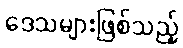
ဒေသများဖြစ်သည့်